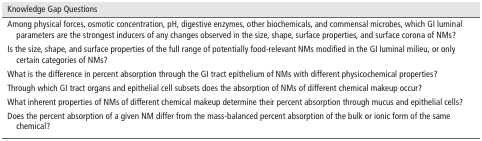
<table><thead><tr><td><b>Knowledge Gap Questions</b></td></tr></thead><tbody><tr><td>Among physical forces, osmotic concentration, pH, digestive enzymes, other biochemicals, and commensal microbes, which GI luminal parameters are the strongest inducers of any changes observed in the size, shape, surface properties, and surface corona of NMs?</td></tr><tr><td>Is the size, shape, and surface properties of the full range of potentially food‐relevant NMs modified in the GI luminal milieu, or only certain categories of NMs?</td></tr><tr><td>What is the difference in percent absorption through the GI tract epithelium of NMs with different physicochemical properties?</td></tr><tr><td>Through which GI tract organs and epithelial cell subsets does the absorption of NMs of different chemical makeup occur?</td></tr><tr><td>What inherent properties of NMs of different chemical makeup determine their percent absorption through mucus and epithelial cells?</td></tr><tr><td>Does the percent absorption of a given NM differ from the mass‐balanced percent absorption of the bulk or ionic form of the same chemical?</td></tr></tbody></table>